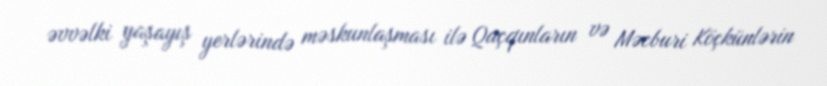
əvvəlki yaşayış yerlərində məskunlaşması ilə Qaçqınların və Məcburi Köçkünlərin